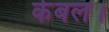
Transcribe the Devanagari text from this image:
केबल।